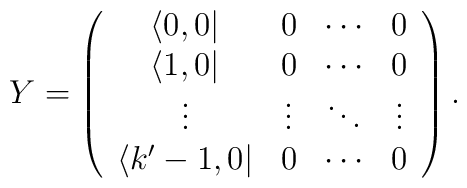
Y=\left(\begin{array}{cccc} \langle 0,0| & 0 & \cdots & 0 \\\langle 1,0| & 0 & \cdots & 0 \\ \vdots & \vdots & \ddots & \vdots\\ \langle k'-1,0| & 0 & \cdots & 0 \end{array}\right).